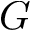
G